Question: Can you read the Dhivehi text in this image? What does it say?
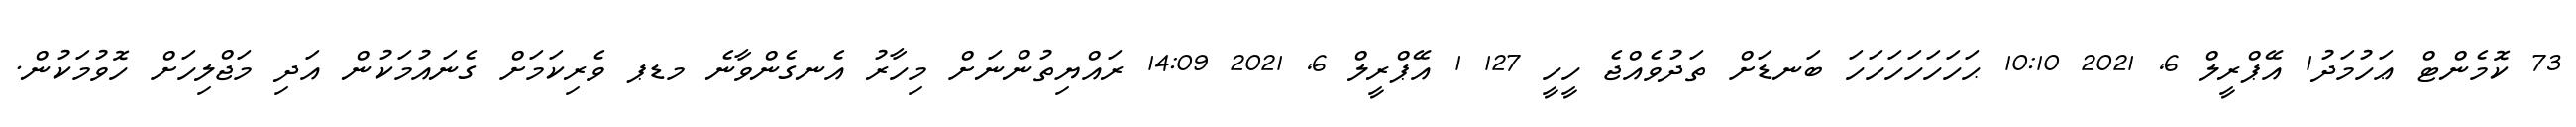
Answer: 73 ކޮމެންޓް ޢަހުމަދު1 އޭޕްރީލް 6, 2021 10:10 ޙަހަހަހަހަހަހަ ބަނޑަށް ތަދުވެއްޖެ ހީހީ 127 1 އޭޕްރީލް 6, 2021 14:09 ރައްޔިތުންނަށް މިހާރު އެނގެންވާނެ މޑޕ ވެރިކަމަށް ގެނައުމަކުން އަދި މަޖްލިހަށް ހޮވުމަކުން.